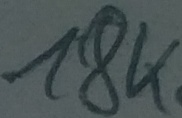
Text: 18K